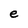
Character: e